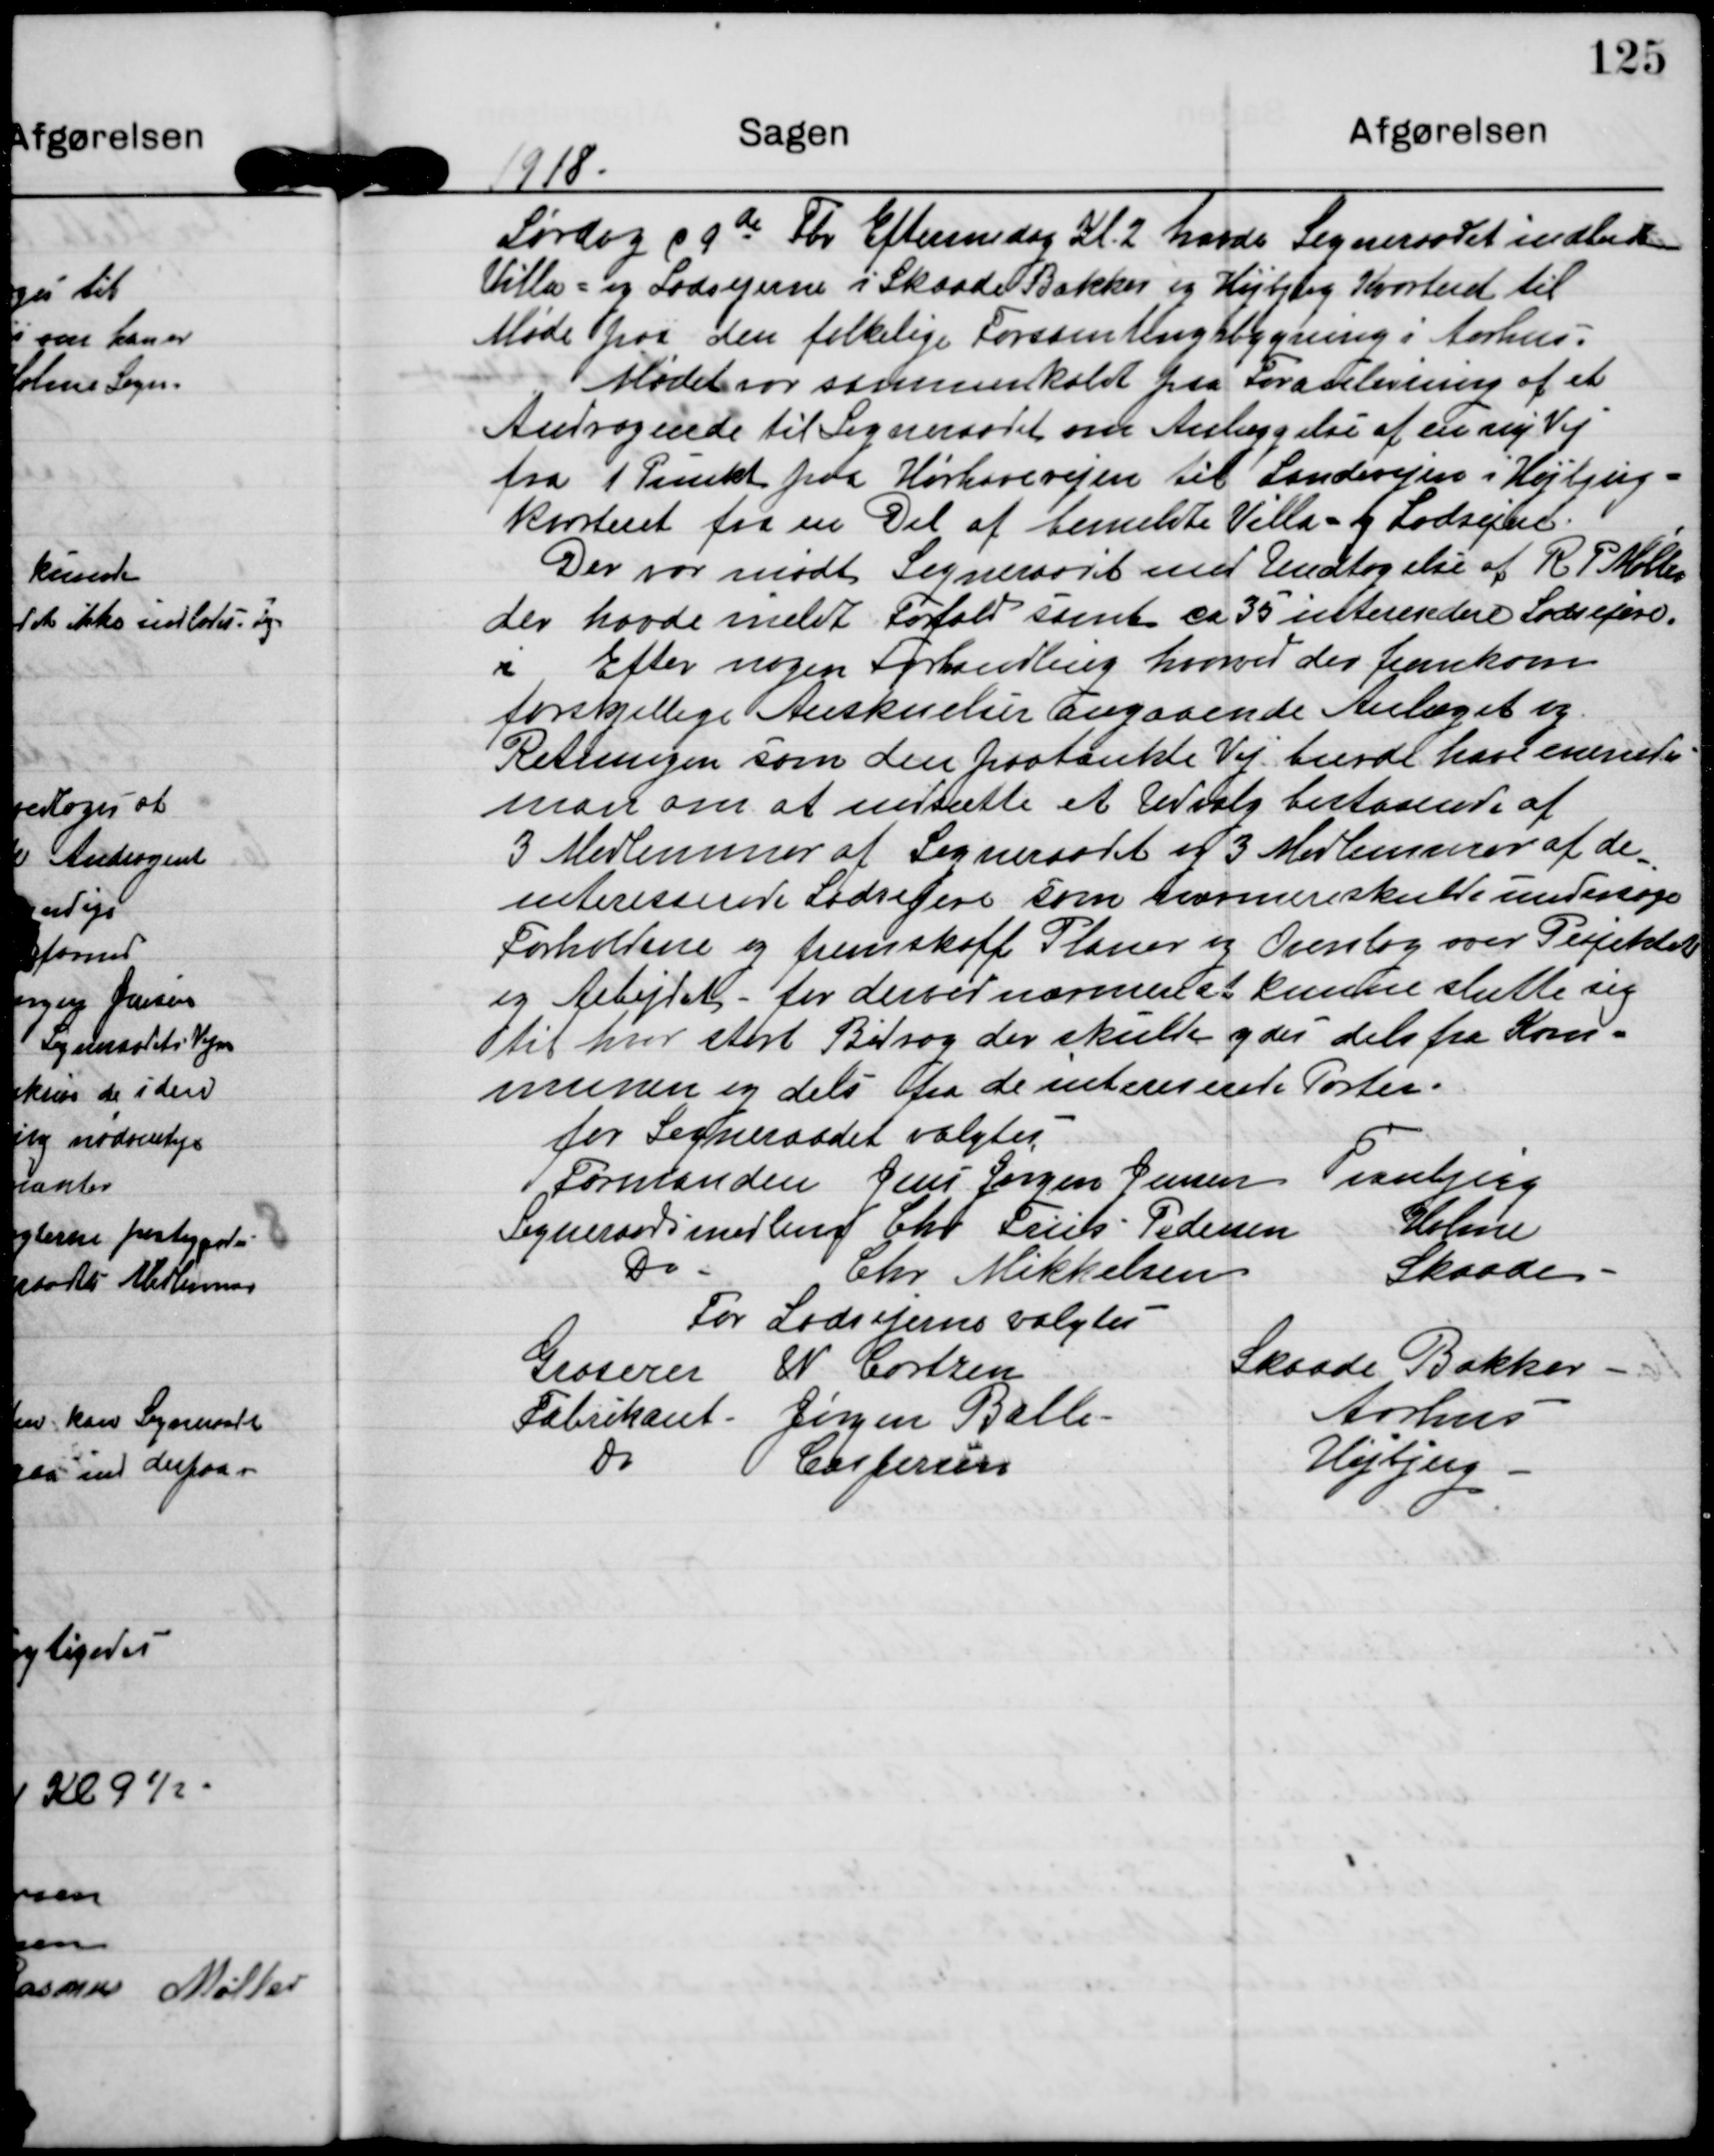
Transskription:
1918

Lørdag d 9de Fbr Eftermiddag Kl. 2 havde Sogneraadet indbudt
Villa- og Lodsejerne i Skaade Bakker og Højbjerg Kvarteret til
Møde paa den folkelige Forsamlingsbygning i Aarhus.
Mødet var sammenkaldt paa Foranledning af et
Andragende til Sogneraadet om Anlæggelse af en ny Vej
fra 1 Punkt paa Hørhavevejen til Landevejen i Højbjerg-
Kvarteret fra en Del af bemeldte Villa-  og Lodsejere.
Der var mødt Sogneraadet med Undtagelse af R P Møller
der havde meldt Forfald samt ca 35 interesedere Lodsejere.
i Efter nogen forhandling hvorved der fremkom
forskjellige Anskuelser angaaende Anlæget og
Retningen som den paatænkte Vej burde have enedes
man om at nedsætte et Udvalg bestaaende af
3 Medlemmer af Sogneraadet og 3 Medlemmer af de
interesserede Lodsejere som nærmere skulle undersøge
Forholdene og fremskaffe Planer og Overslag over Projektet
og Arbejdet - for derved nærmere at kunne slutte sig
til hvor stort Bidrag der skulle ydes dels fra Kom-
munen og dels fra de interesserede Parter.

for Sogneraadet valgtes
Formanden Jens Jørgen Jensen Tranbjerg
Sogneraadsmedlem Chr Friis Pedersen Holme
Do Chr Mikkelsen
Skaade
For Lodsejerne valgtes
Groserer W Cortzen
Skaade Bakker
Fabrikant Jørgen Balle
Aarhus
Do Caspersen
Højbjerg